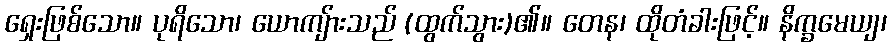
ရှေးဖြစ်သော။ ပုရိသော၊ ယောကျ်ားသည် (ထွက်သွား)၏။ တေန၊ ထိုတံခါးဖြင့်။ နိက္ခမေယျ၊